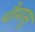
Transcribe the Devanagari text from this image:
चौमासू